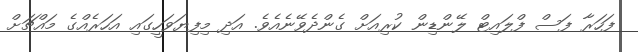
ފަހަރާ ފަސް ފްލައިޓް ލޭންޑިން ކުރިއަށް ގެންދެވޭނެއެވެ. އަދި މިފިޔަވަހީގައި އަހަރެއްގެ މައްޗަށް